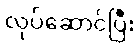
လုပ်ဆောင်ပြီး